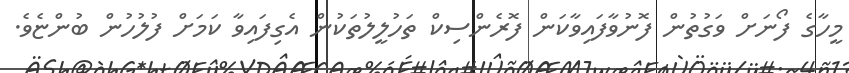
މީހާގެ ފޯނަށް ވަގުތުން ފޮނުވާފައިވާކަން ފޮރެންސިކް ތަހުލީލުތަކުން އެގިފައިވާ ކަމަށް ފުލުހުން ބުންޏެވެ.